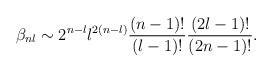
LaTeX: \begin{align*} \beta_{nl} \sim 2^{n-l} l^{2(n-l)} \frac{(n-1)!}{(l-1)!} \frac{(2l-1)!}{(2n-1)!}.\end{align*}